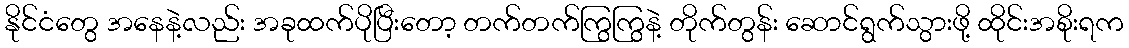
နိုင်ငံတွေ အနေနဲ့လည်း အခုထက်ပိုပြီးတော့ တက်တက်ကြွကြွနဲ့ တိုက်တွန်း ဆောင်ရွက်သွားဖို့ ထိုင်းအစိုးရက